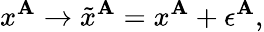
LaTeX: x^{\mathbf{A}}\rightarrow\tilde{{x}}^{\mathbf{A}}=x^{\mathbf{A}}+\epsilon^{\mathbf{A}},